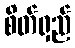
စိတ်ရှည်